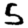
Digit: 5